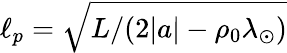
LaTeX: \ell_{p}=\sqrt{L/(2|a|-\rho_{0}\lambda_{\odot})}